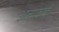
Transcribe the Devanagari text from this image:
अनाठाई